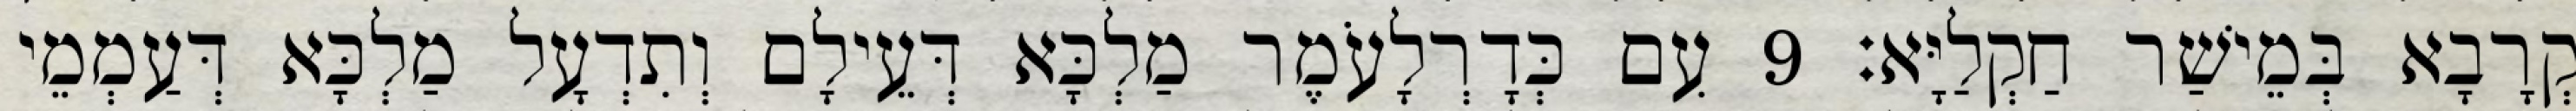
קְרָבָא בְּמֵישַׁר חַקְלַיָּא׃ 9 עִם כְּדָרְלָעֹמֶר מַלְכָּא דְּעֵילָם וְתִדְעָל מַלְכָּא דְּעַמְמֵי